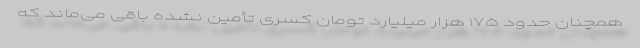
همچنان حدود ۱۷۵ هزار میلیارد تومان کسری تأمین نشده باقی می‌ماند که